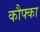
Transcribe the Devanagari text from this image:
कौफ्का